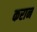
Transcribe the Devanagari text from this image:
करान